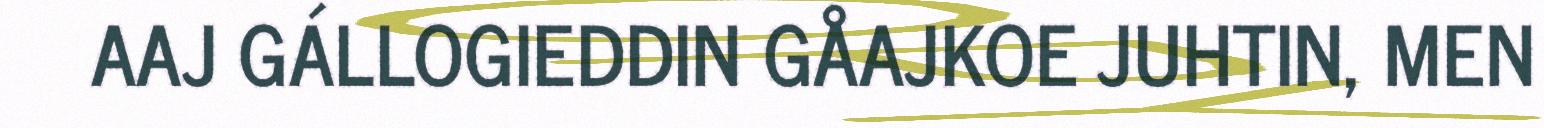
AAJ GÁLLOGIEDDIN GÅAJKOE JUHTIN, MEN